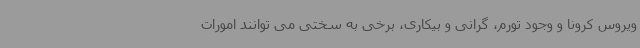
ویروس کرونا و وجود تورم، گرانی و بیکاری، برخی به سختی می توانند امورات